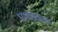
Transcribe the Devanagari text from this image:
भाकडकाळ